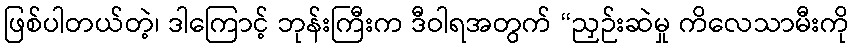
ဖြစ်ပါတယ်တဲ့၊ ဒါကြောင့် ဘုန်းကြီးက ဒီဝါရအတွက် “ညှဉ်းဆဲမှု ကိလေသာမီးကို